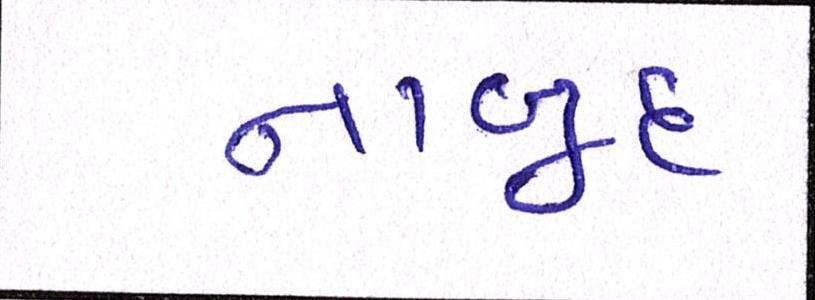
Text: નાબૂદ